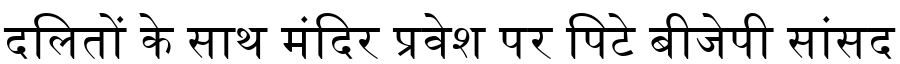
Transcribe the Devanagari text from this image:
दलितों के साथ मंदिर प्रवेश पर पिटे बीजेपी सांसद